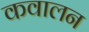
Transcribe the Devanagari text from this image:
कवालन